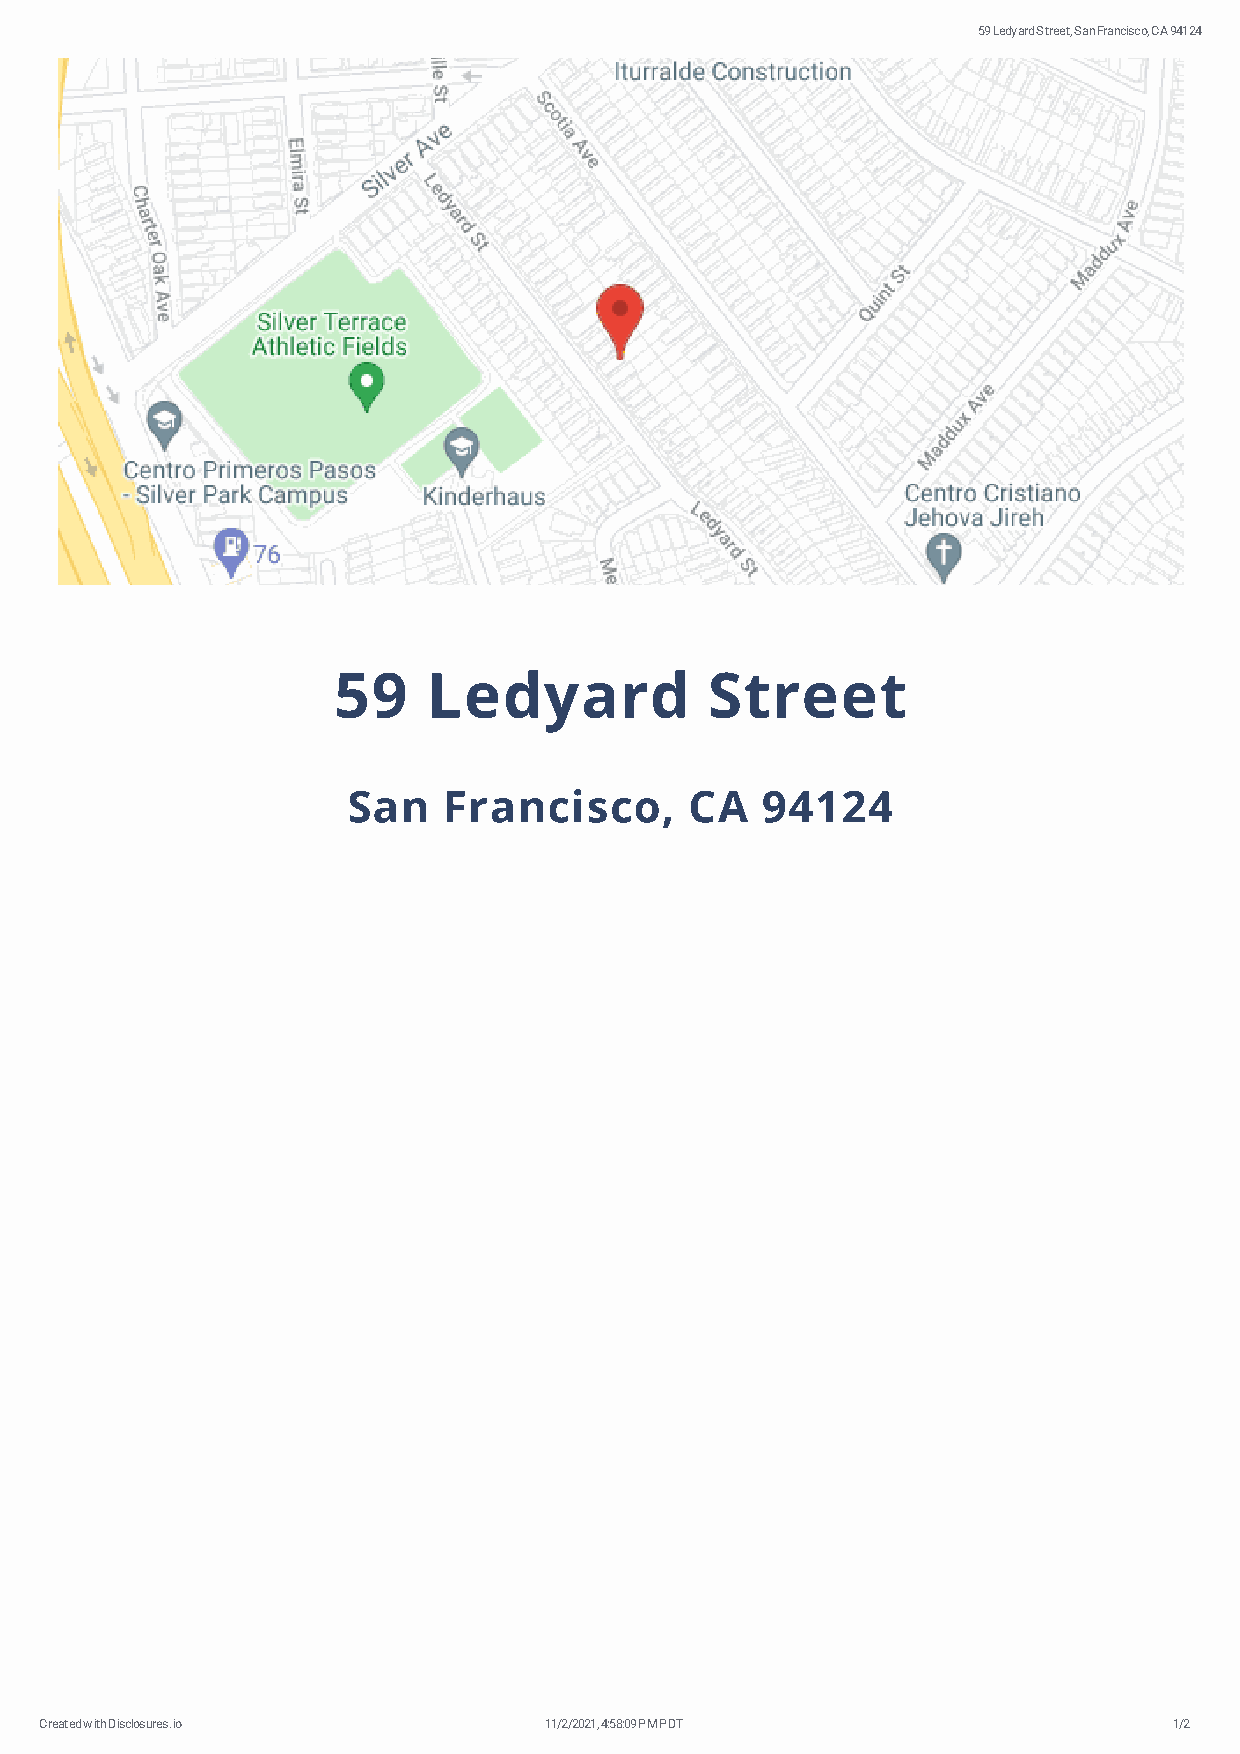
59 Ledyard Street, San Francisco, CA 94124
 59    Ledyard            Street
 San   Francisco,       CA  94124
 Created with Disclosures.io      11/2/2021, 4:58:09 PM PDT                 1/2